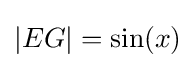
|EG|=\sin(x)